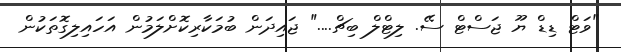
"ވަޓް ޑިޑް ޔޫ ޖަސްޓް ސޭ. ލިޓްލް ބިޗް...." ޖައިދަން ބުމަކާރިކޮށްލަމުން އަހައިލިގޮތަކުން